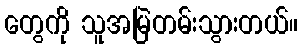
တွေကို သူအမြဲတမ်းသွားတယ်။